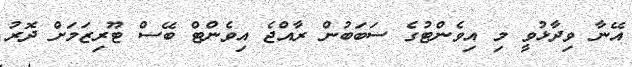
އޭނާ ވިދާޅުވީ މި އިވެންޓުގެ ސަބަބުން ރާއްޖެ އިވެންޓް ބޭސް ޓޫރިޒަމަށް ދޮރު